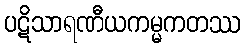
ပဋိသာရဏီယကမ္မကတဿ